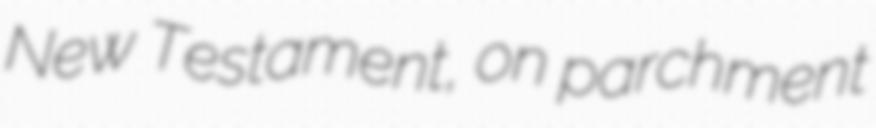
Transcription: New Testament, on parchment